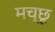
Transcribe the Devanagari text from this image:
मच्‍छू